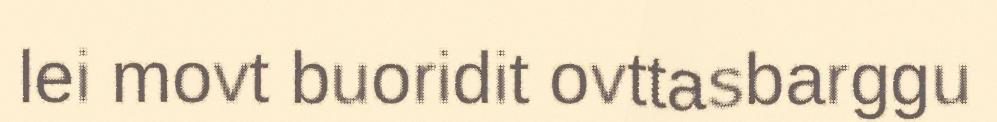
lei movt buoridit ovttasbarggu